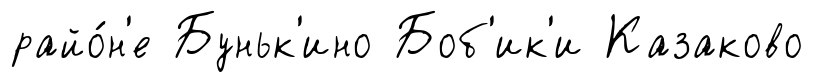
райо́н'е Буньк'ино Боб'ик'и Казаково